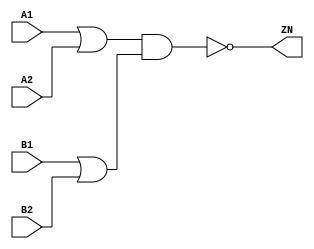
module OAI22_X2 (A1, A2, B1, B2, ZN);
  input A1;
  input A2;
  input B1;
  input B2;
  output ZN;
  not(ZN, i_12);
  and(i_12, i_13, i_14);
  or(i_13, A1, A2);
  or(i_14, B1, B2);
  specify
    if((A2 == 1'b0) && (B1 == 1'b0) && (B2 == 1'b1)) (A1 => ZN) = (0.1, 0.1);
    if((A2 == 1'b0) && (B1 == 1'b1) && (B2 == 1'b0)) (A1 => ZN) = (0.1, 0.1);
    if((A2 == 1'b0) && (B1 == 1'b1) && (B2 == 1'b1)) (A1 => ZN) = (0.1, 0.1);
    if((A1 == 1'b0) && (B1 == 1'b0) && (B2 == 1'b1)) (A2 => ZN) = (0.1, 0.1);
    if((A1 == 1'b0) && (B1 == 1'b1) && (B2 == 1'b0)) (A2 => ZN) = (0.1, 0.1);
    if((A1 == 1'b0) && (B1 == 1'b1) && (B2 == 1'b1)) (A2 => ZN) = (0.1, 0.1);
    if((A1 == 1'b0) && (A2 == 1'b1) && (B2 == 1'b0)) (B1 => ZN) = (0.1, 0.1);
    if((A1 == 1'b1) && (A2 == 1'b0) && (B2 == 1'b0)) (B1 => ZN) = (0.1, 0.1);
    if((A1 == 1'b1) && (A2 == 1'b1) && (B2 == 1'b0)) (B1 => ZN) = (0.1, 0.1);
    if((A1 == 1'b0) && (A2 == 1'b1) && (B1 == 1'b0)) (B2 => ZN) = (0.1, 0.1);
    if((A1 == 1'b1) && (A2 == 1'b0) && (B1 == 1'b0)) (B2 => ZN) = (0.1, 0.1);
    if((A1 == 1'b1) && (A2 == 1'b1) && (B1 == 1'b0)) (B2 => ZN) = (0.1, 0.1);
  endspecify
endmodule